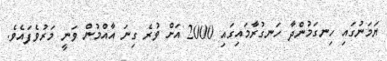
ޔަމަނުގައި ހިނގަމުންދާ ހަނގުރާމައިގައި 2000 އަށް ވުރެ ގިނަ އާއްމުން ވަނީ މަރުވެފައެވެ.